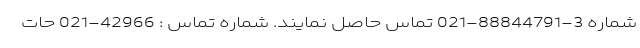
شماره 3-88844791-021 تماس حاصل نمایند. شماره تماس : 42966-021 حات